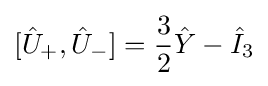
[{\hat {U}}_{+},{\hat {U}}_{-}]={\frac {3}{2}}{\hat {Y}}-{\hat {I}}_{3}